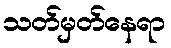
သတ်မှတ်နေရာ